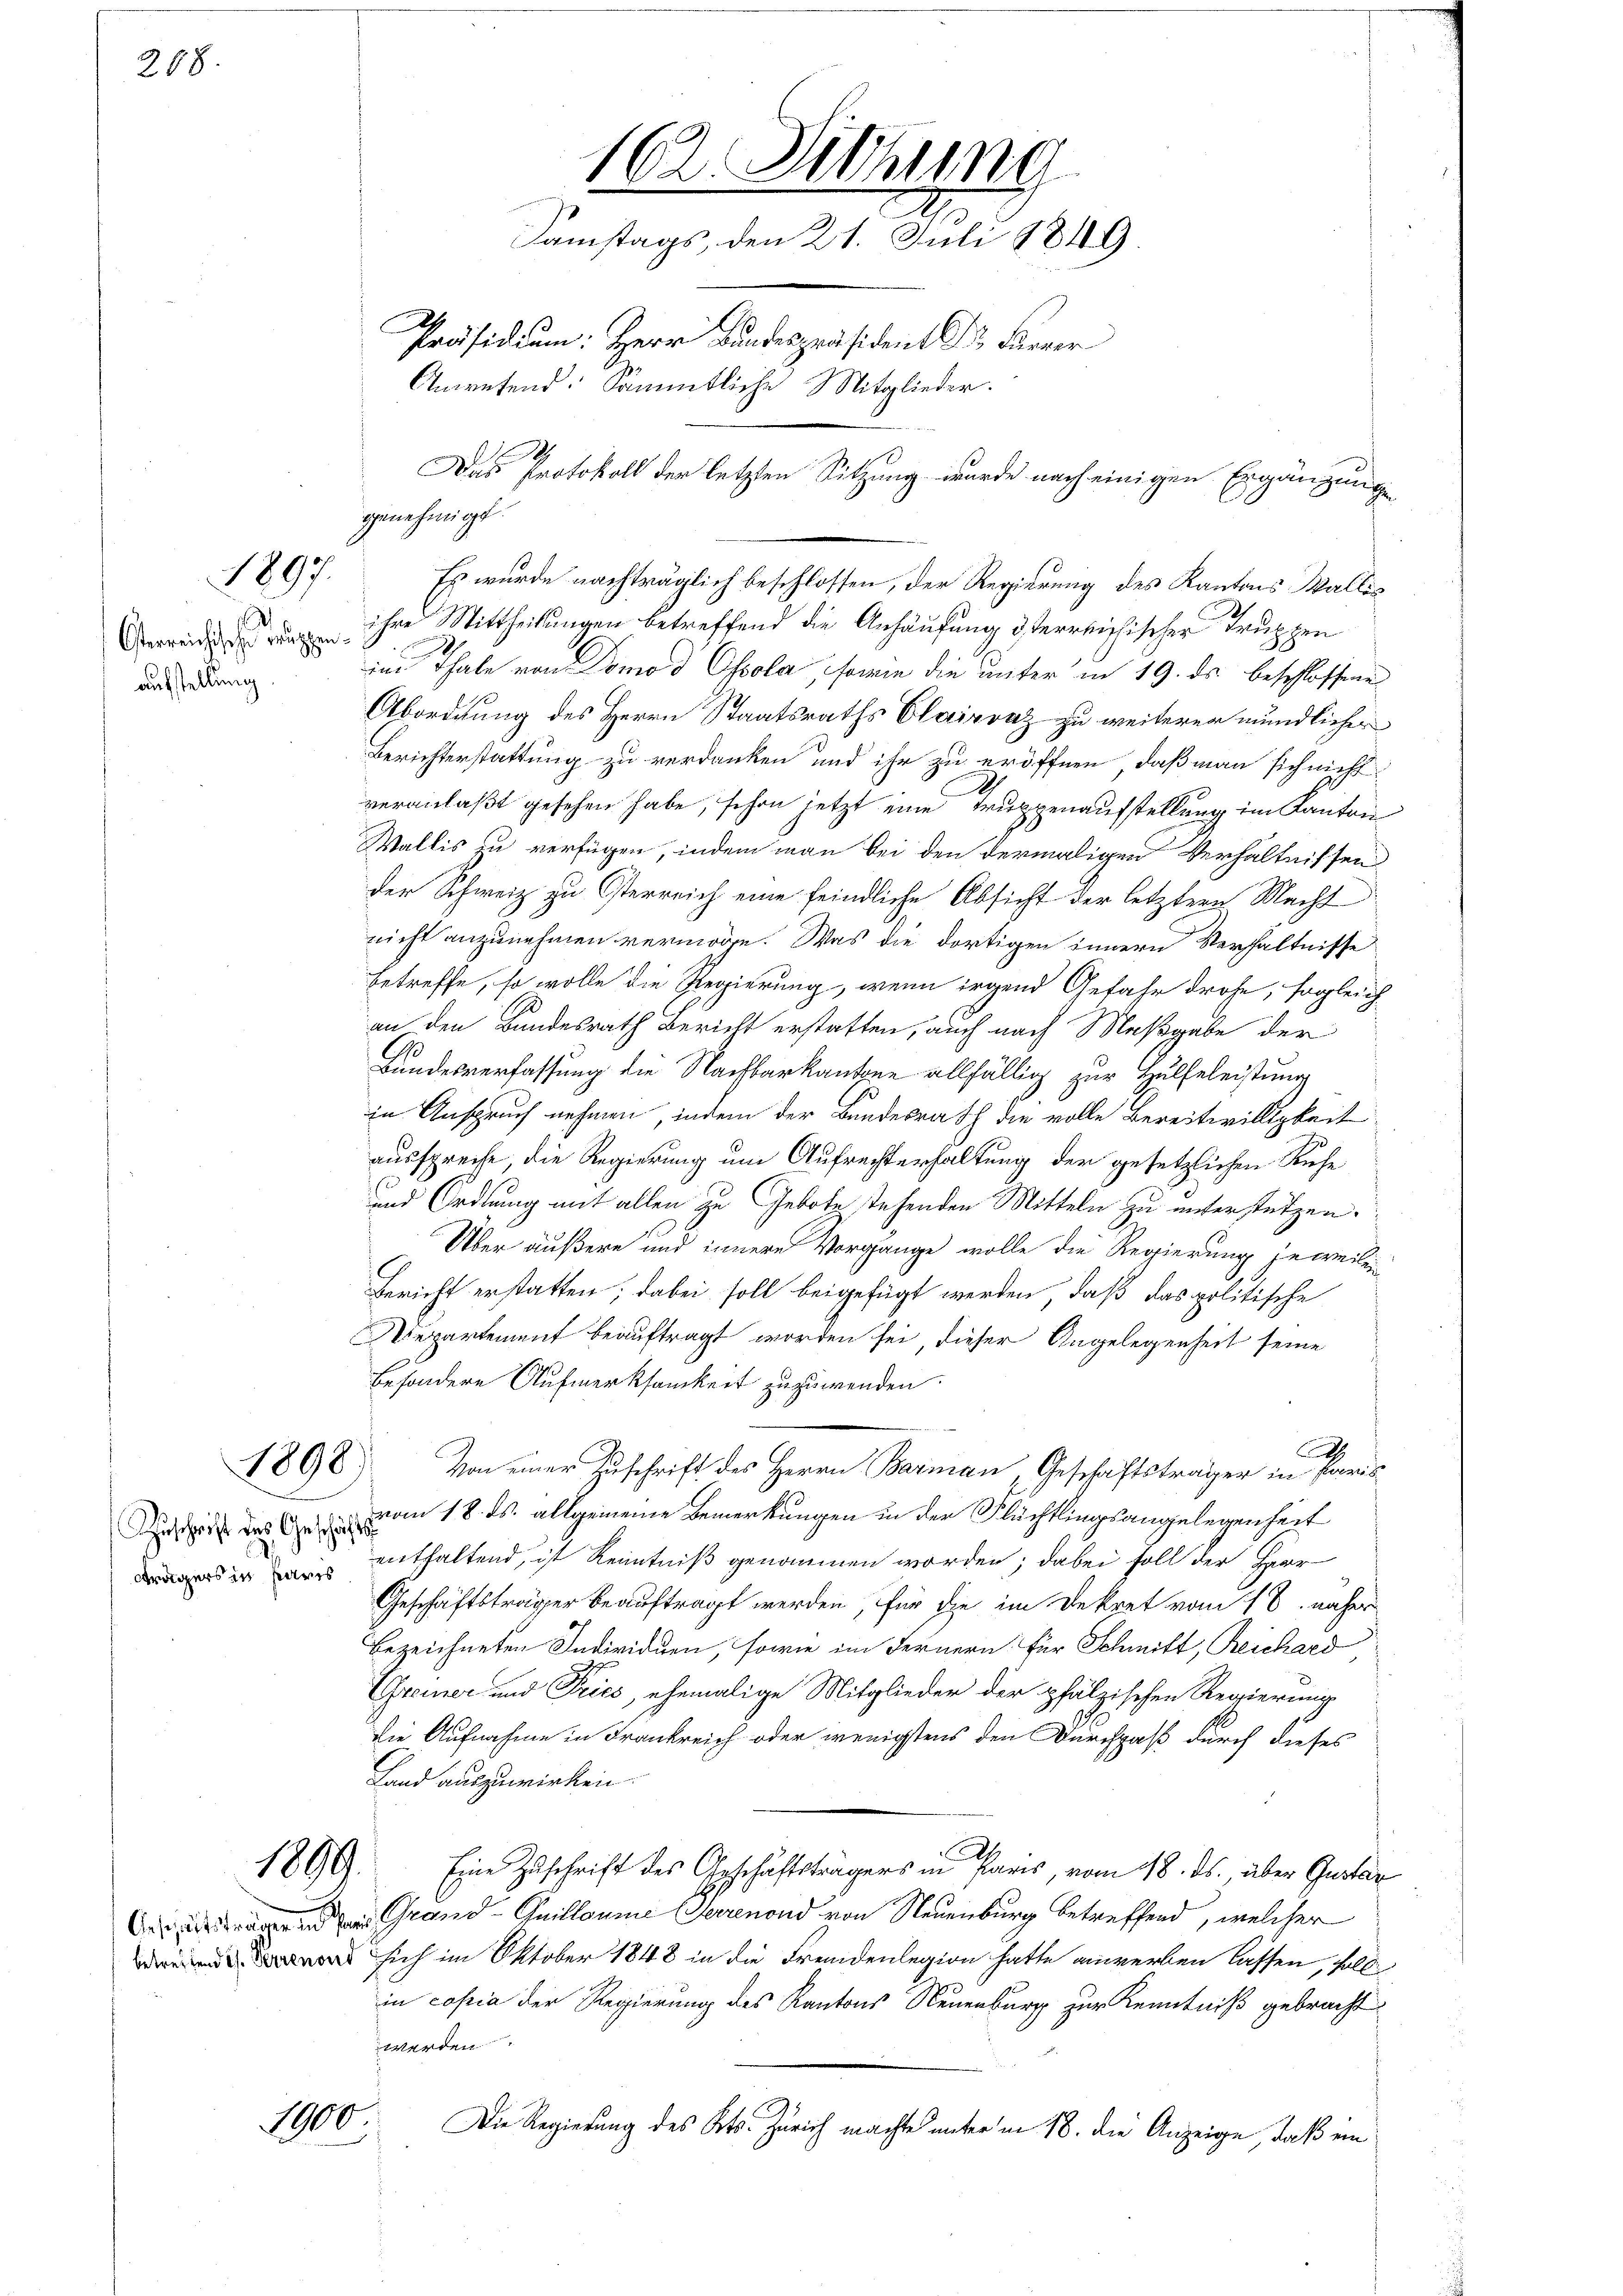
208.

1897.

Osterreichischen Be
aufstellung

1898

trägers in Paris

1889.

1900.

ihre Mittheilungen betreffend die Anhäufung desterreichischer Truppen
in Thale von Domo d Ohsola, sowie die unter in 19. ds beschlossenen
Abordnung des Herrn Staatsraths Clairvaz zu weiterer mündlicher
Berichterstattung zu verdanken und ihr zu eröffnen, daß man sich nicht
veranlaßt gesehen habe, schon jetzt eine Truppenaufstellung im Kanton
Wallis zu verfügen, indem man bei den dermaligen Verhältnissen
der Schweiz zu Osterreich eine feindliche Absicht der letztere Macht
nicht anzunehmen vermöge. Was die dortigen innern Verhältnisse
betreffe, so wolle die Regierung, wenn irgend Gefahr drohe, sogleich
an den Bundesrath Bericht erstatten, auch nach Maßgabe der
6
Bundesverfassung die Nachbarkantone allfällig zur Hülfeleistung
in Anspruch nehmen, indem der Bundesrath die volle Bereitwilligkeit
ausspreche, die Regierung um Aufrechterhaltung der gesetzlichen Ruhe
und Ordnung mit allen zu Gebote stehenden Mitteln zu unterstützen.
Über äußern und innere Vorgänge wolle die Regierung jeweilen
Bericht erstatten; dabei soll beigefügt werden, daß das politische
epartement beauftragt worden sei, dieser Angelegenheit seine
besondere Aufmerksamkeit zuzuwenden.
h
Von einer Zuschrift des Herrn Barmann, Geschäftsträger in Paris
Zuschrift des vom 18. ds. allgemeine Bemerkungen in der Flüchtlingsangelegenheit
enthaltend, ist Kenntniß genommen worden; dabei soll der Herr
Geschäftsträger beauftragt werden, für die im Dekret vom 18. näher
bezeichneten Individuen, sowie im Fernern für Schmitt, Reichard
Greiner und Pries, ehemalige Mitglieder der pfälzischen Regierung
Die Aufnahme in Frankreich oder wenigstens den Durchpaß durch dieses
Land auszuwirken.
Eine Zuschrift des Geschäftsträgers in Paris, vom 18. ds., aber Gustan
Dir, derend der Grand - Guillaume Herrenond von Neuenburg betreffend, welcher
 sich im Oktober 1848 in die Fremdenlegion hatte anwerben lassen, soll
in copia der Regierung des Kantons Neuenburg zur Kenntniß gebracht
werden
Die Regierung des Kts. Zürich machte unter in 18. die Anzeige, daß ein

102 Sitzung
2
Samstags, den 21. Juli 1849
Präsidium: Herr Bundespräsident Dr. Ferner
Anrufend: Sämmtliche Mitglieder.
Das Protokoll der letzten Sitzung wurde nach einigen Ergänzung

genehmigt.

Es wurde nachträglich beschlossen, der Regierung des Kantons Wallis